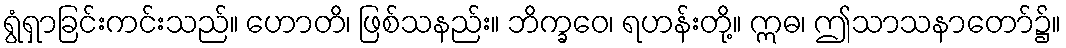
ရွံရှာခြင်းကင်းသည်။ ဟောတိ၊ ဖြစ်သနည်း။ ဘိက္ခဝေ၊ ရဟန်းတို့။ ဣဓ၊ ဤသာသနာတော်၌။